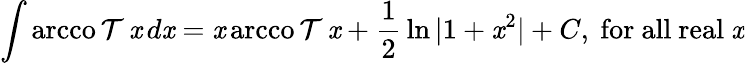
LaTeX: \int\operatorname{arcco\mathcal{T}}{\mathit{x}}\, d\mathit{x}=\mathit{x}\operatorname{arcco\mathcal{T}}{\mathit{x}}+{\frac{{1}}{{2}}}\ln{\vert1+\mathit{x}^{2}\vert}+C,{\mathrm{{~for~all~real~}}}\mathit{x}